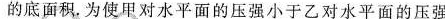
的底面积。为使甲对水平面的压强小于乙对水平面的压强，